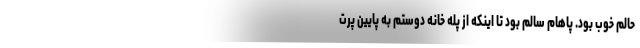
حالم خوب بود. پاهام سالم بود تا اینکه از پله خانه دوستم به پایین پرت